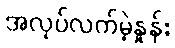
အလုပ်လက်မဲ့နှုန်း